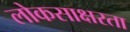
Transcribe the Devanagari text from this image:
लोकसाक्षरता